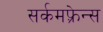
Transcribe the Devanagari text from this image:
सर्कमफ़्रेन्स